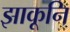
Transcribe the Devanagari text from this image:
झाकूनि